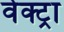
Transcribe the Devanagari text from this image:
वेक्ट्रा